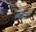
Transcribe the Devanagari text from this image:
पंचेंद्रियां